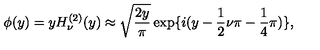
\phi ( y ) = y H _ { \nu } ^ { ( 2 ) } ( y ) \approx \sqrt { \frac { 2 y } { \pi } } \exp \lbrace i ( y - \frac { 1 } { 2 } \nu \pi - \frac { 1 } { 4 } \pi ) \rbrace ,